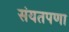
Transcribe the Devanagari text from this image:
संयतपणा